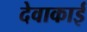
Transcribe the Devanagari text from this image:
देवाकाई